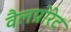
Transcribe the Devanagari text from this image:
वैलप्रोरेट